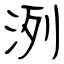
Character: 洌